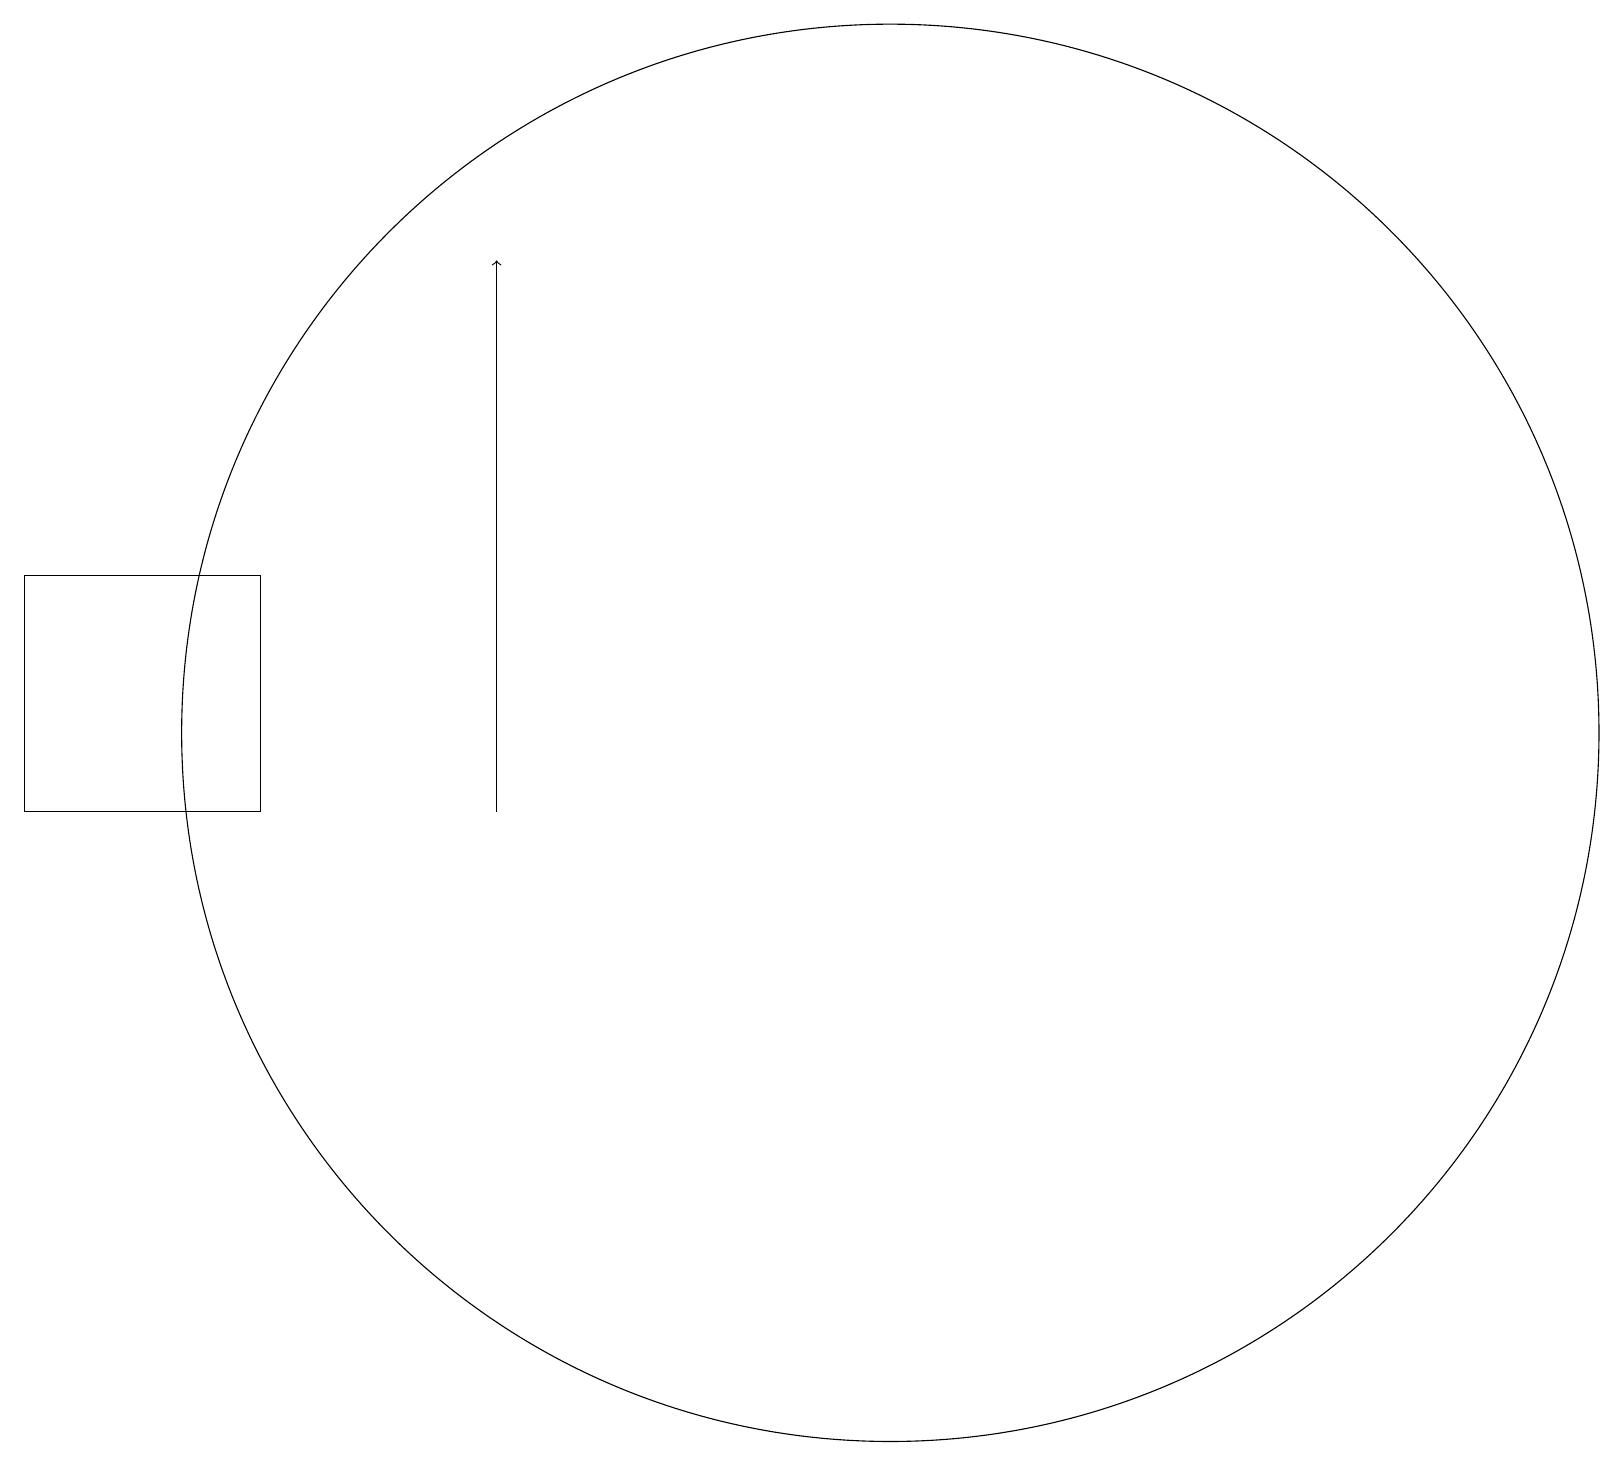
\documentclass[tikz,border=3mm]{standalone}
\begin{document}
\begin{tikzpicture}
\draw (3,10) rectangle (0,13);
\draw[->] (6,10) -- (6,17);
\draw (10,11) circle (0);
\draw (11,11) circle (9);
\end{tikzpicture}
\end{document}